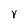
Character: V